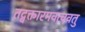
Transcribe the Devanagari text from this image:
तद्वक्तारमवत्ववतु